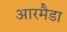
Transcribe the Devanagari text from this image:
आरमैडा